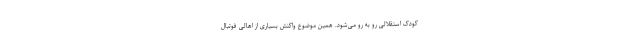
کودک استقلالی رو به رو می‌شود. همین موضوع واکنش بسیاری از اهالی فوتبال